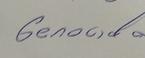
Signature authenticity: genuine